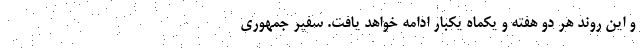
و این روند هر دو هفته و یکماه یکبار ادامه خواهد یافت. سفیر جمهوری